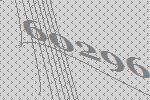
60296